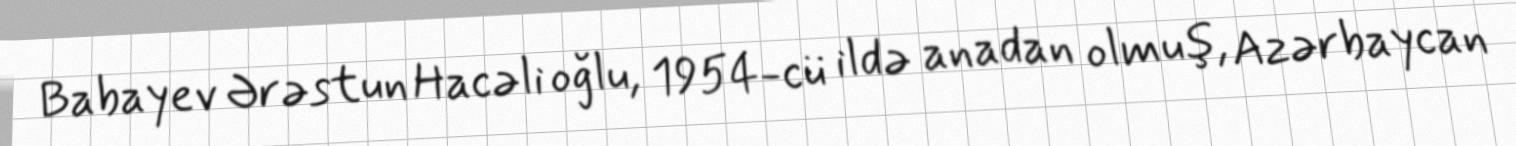
Babayev Ərəstun Hacəli oğlu, 1954-cü ildə anadan olmuş, Azərbaycan